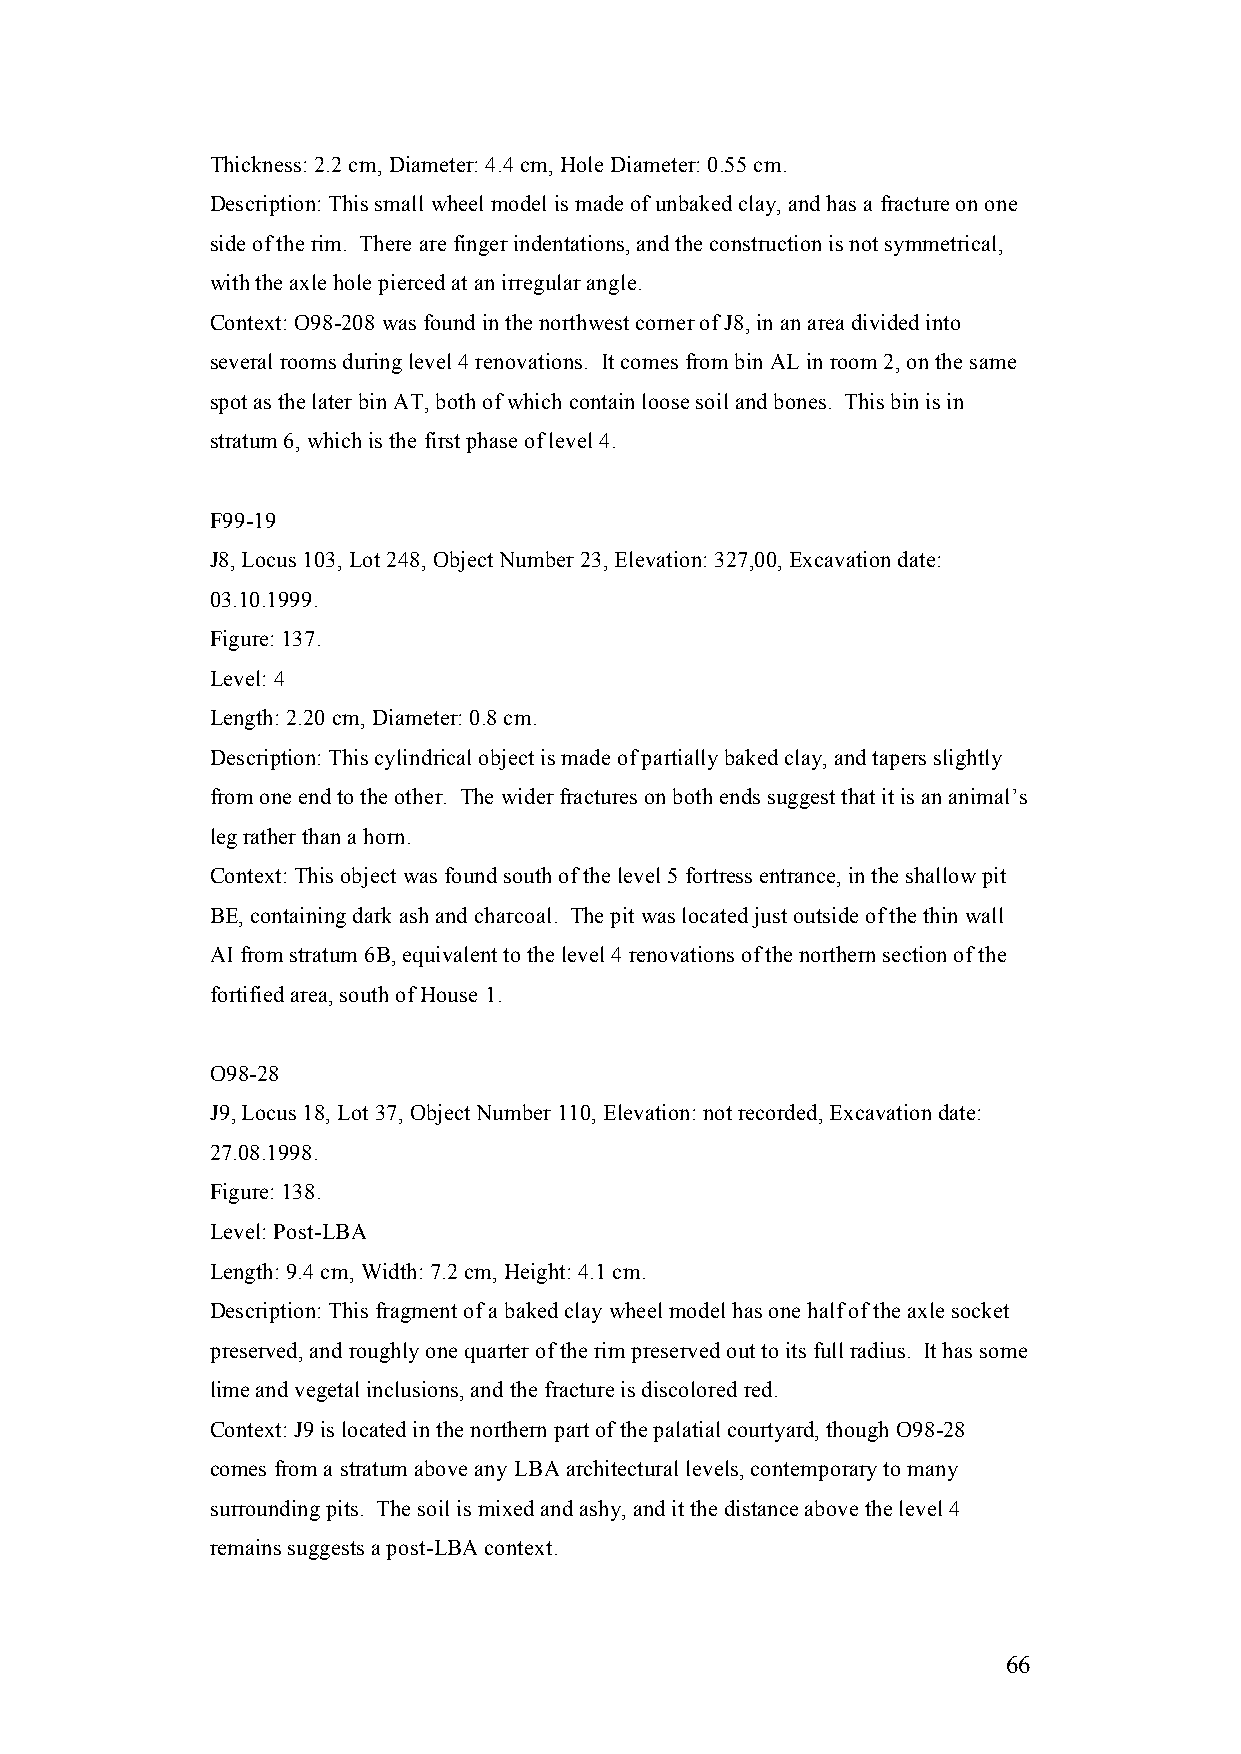
Thickness: 2.2 cm, Diameter: 4.4 cm, Hole Diameter: 0.55 cm.
 Description: This small wheel model is made of unbaked clay, and has a fracture on one
 side of the rim. There are finger indentations, and the construction is not symmetrical,
 with the axle hole pierced at an irregular angle.
 Context: O98-208 was found in the northwest corner of J8, in an area divided into
 several rooms during level 4 renovations. It comes from bin AL in room 2, on the same
 spot as the later bin AT, both of which contain loose soil and bones. This bin is in
 stratum 6, which is the first phase of level 4.
 F99-19
 J8, Locus 103, Lot 248, Object Number 23, Elevation: 327,00, Excavation date:
 03.10.1999.
 Figure: 137.
 Level: 4
 Length: 2.20 cm, Diameter: 0.8 cm.
 Description: This cylindrical object is made of partially baked clay, and tapers slightly
 from one end to the other. The wider fractures on both ends suggest that it is an animal’s
 leg rather than a horn.
 Context: This object was found south of the level 5 fortress entrance, in the shallow pit
 BE, containing dark ash and charcoal. The pit was located just outside of the thin wall
 AI from stratum 6B, equivalent to the level 4 renovations of the northern section of the
 fortified area, south of House 1.
 O98-28
 J9, Locus 18, Lot 37, Object Number 110, Elevation: not recorded, Excavation date:
 27.08.1998.
 Figure: 138.
 Level: Post-LBA
 Length: 9.4 cm, Width: 7.2 cm, Height: 4.1 cm.
 Description: This fragment of a baked clay wheel model has one half of the axle socket
 preserved, and roughly one quarter of the rim preserved out to its full radius. It has some
 lime and vegetal inclusions, and the fracture is discolored red.
 Context: J9 is located in the northern part of the palatial courtyard, though O98-28
 comes from a stratum above any LBA architectural levels, contemporary to many
 surrounding pits. The soil is mixed and ashy, and it the distance above the level 4
 remains suggests a post-LBA context.
 66